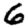
Digit: 6